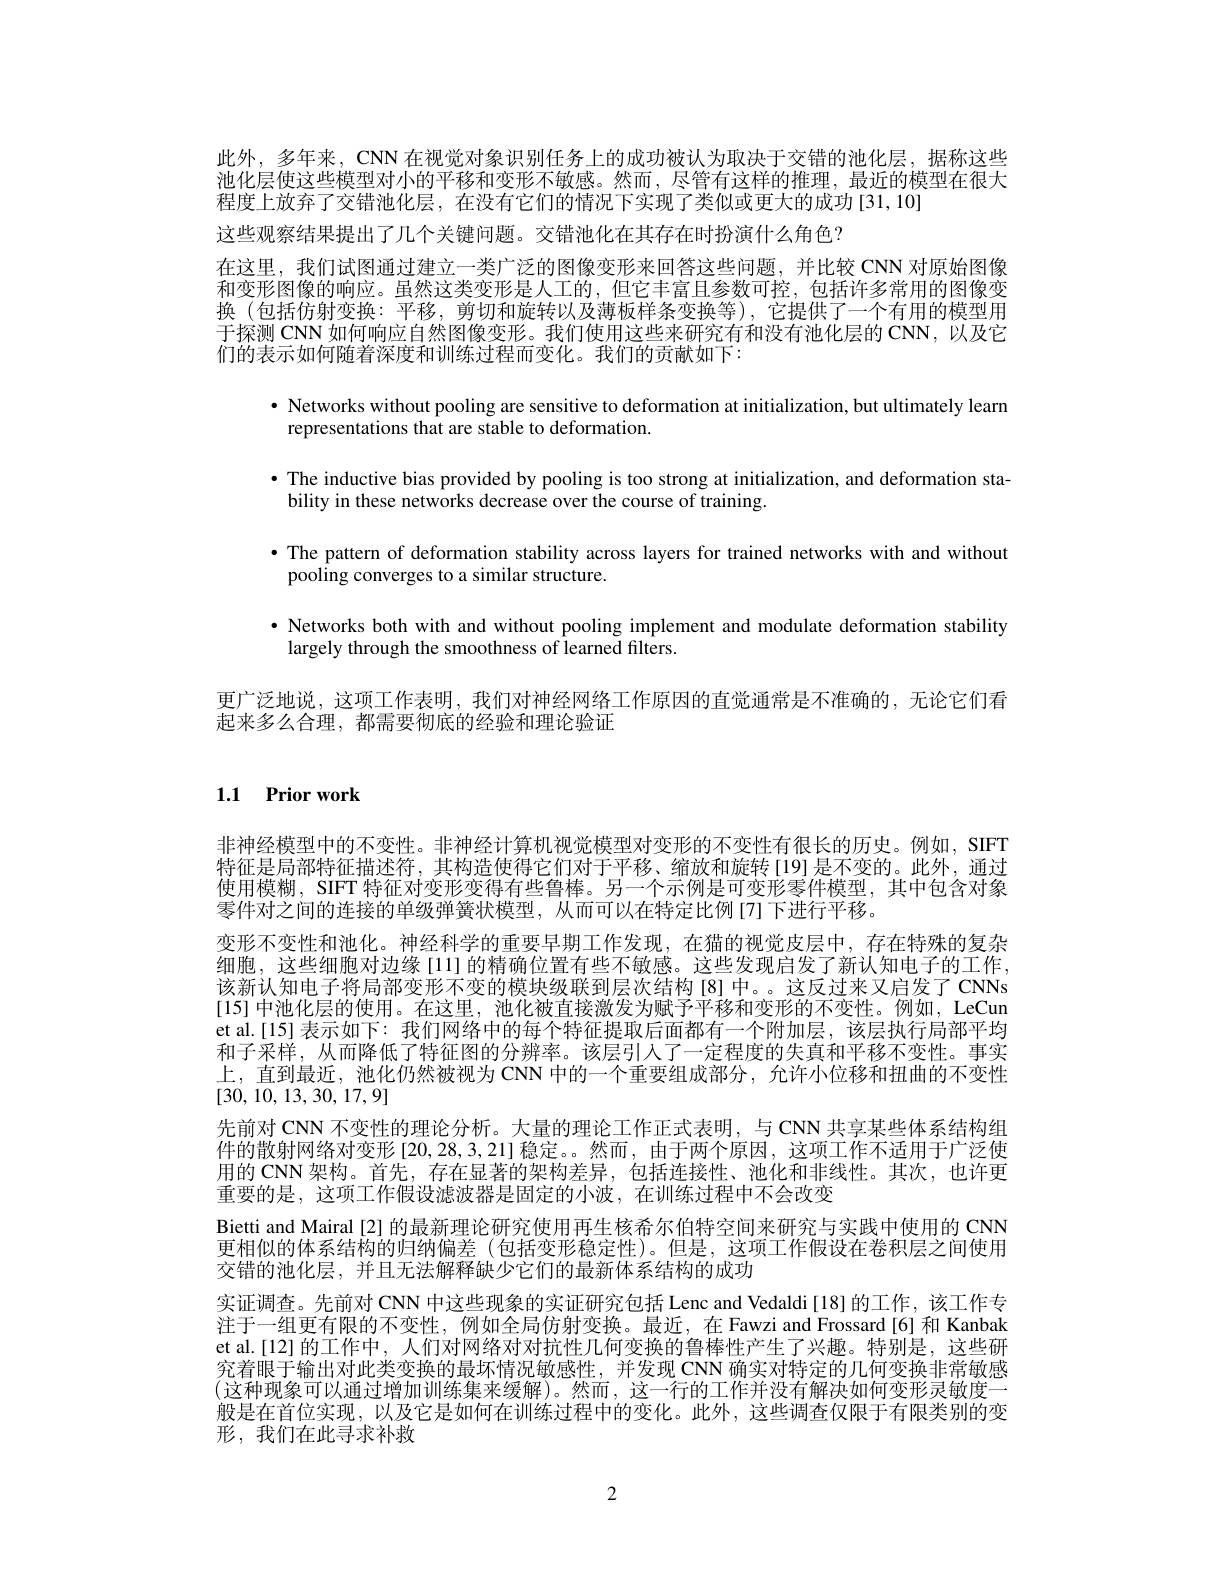
此外，多年来，CNN 在视觉对象识别任务上的成功被认为取决于交错的池化层，据称这些池化层使这些模型对小的平移和变形不敏感。然而，尽管有这样的推理，最近的模型在很大程度上放弃了交错池化层，在没有它们的情况下实现了类似或更大的成功[31,10]
这些观察结果提出了几个关键问题。交错池化在其存在时扮演什么角色？
在这里，我们试图通过建立一类广泛的图像变形来回答这些问题，并比较 CNN 对原始图像和变形图像的响应。虽然这类变形是人工的，但它丰富且参数可控，包括许多常用的图像变换 (包括仿射变换：平移，剪切和旋转以及薄板样条变换等),它提供了一个有用的模型用于探测 CNN 如何响应自然图像变形。我们使用这些来研究有和没有池化层的 CNN,以及它们的表示如何随着深度和训练过程而变化。我们的贡献如下：

· Networks without pooling are sensitive to deformation at initialization, but ultimately learn
representations that are stable to deformation.
$\bullet$ The inductive bias provided by pooling is too strong at initialization, and deformation sta-
bility in these networks decrease over the course of training.
·The pattern of deformation stability across layers for trained networks with and without
pooling converges to a similar structure.
·Networks both with and without pooling implement and modulate deformation stability
largely through the smoothness of learned filters.
更广泛地说，这项工作表明，我们对神经网络工作原因的直觉通常是不准确的，无论它们看
起来多么合理，都需要彻底的经验和理论验证

# 1.1 Prior work

非神经模型中的不变性。非神经计算机视觉模型对变形的不变性有很长的历史。例如，SIFT 特征是局部特征描述符，其构造使得它们对于平移、缩放和旋转[19]是不变的。此外，通过使用模糊，SIFT 特征对变形变得有些鲁棒。另一个示例是可变形零件模型，其中包含对象零件对之间的连接的单级弹簧状模型，从而可以在特定比例[7]下进行平移。
变形不变性和池化。神经科学的重要早期工作发现，在猫的视觉皮层中，存在特殊的复杂细胞，这些细胞对边缘[11] 的精确位置有些不敏感。这些发现启发了新认知电子的工作该新认知电子将局部变形不变的模块级联到层次结构[8]中。。这反过来又启发了 CNNs [15] 中池化层的使用。在这里，池化被直接激发为赋予平移和变形的不变性。例如，LeCun et al.[15] 表示如下：我们网络中的每个特征提取后面都有一个附加层，该层执行局部半均和子采样，从而降低了特征图的分辨率。该层引入了一定程度的失真和平移不变性。事实上，直到最近，池化仍然被视为 CNN 中的一个重要组成部分，允许小位移和扭曲的不变性[30,10,13,30,17,9]
先前对 CNN 不变性的理论分析。大量的理论工作正式表明，与 CNN 共享某些体系结构组件的散射网络对变形 [20,28,3,21] 稳定。。然而，由于两个原因，这项工作不适用于广泛使用的 CNN 架构。首先，存在显著的架构差异，包括连接性、池化和非线性。其次，也许更重要的是，这项工作假设滤波器是固定的小波，在训练过程中不会改变
Bietti and Mairal [2] 的最新理论研究使用再生核希尔伯特空间来研究与实践中使用的 CNN 更相似的体系结构的归纳偏差(包括变形稳定性)。但是，这项工作假设在卷积层之间使用交错的池化层，并且无法解释缺少它们的最新体系结构的成功
实证调查。先前对 CNN 中这些现象的实证研究包括 Lenc and Vedaldi[18] 的工作，该工作专注于一组更有限的不变性，例如全局仿射变换。最近，在 Fawzi and Frossard[6]和 Kanbak et al.[12] 的工作中，人们对网络对对抗性几何变换的鲁棒性产生了兴趣。特别是，这些研究着眼于输出对此类变换的最坏情况敏感性，并发现 CNN 确实对特定的几何变换非常敏感(这种现象可以通过增加训练集来缓解)。然而，这一行的工作并没有解决如何变形灵敏度一般是在首位实现，以及它是如何在训练过程中的变化。此外，这些调查仅限于有限类别的变形，我们在此寻求补救

2